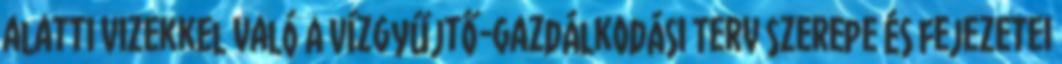
alatti vizekkel való A Vízgyűjtő-gazdálkodási Terv szerepe és fejezetei